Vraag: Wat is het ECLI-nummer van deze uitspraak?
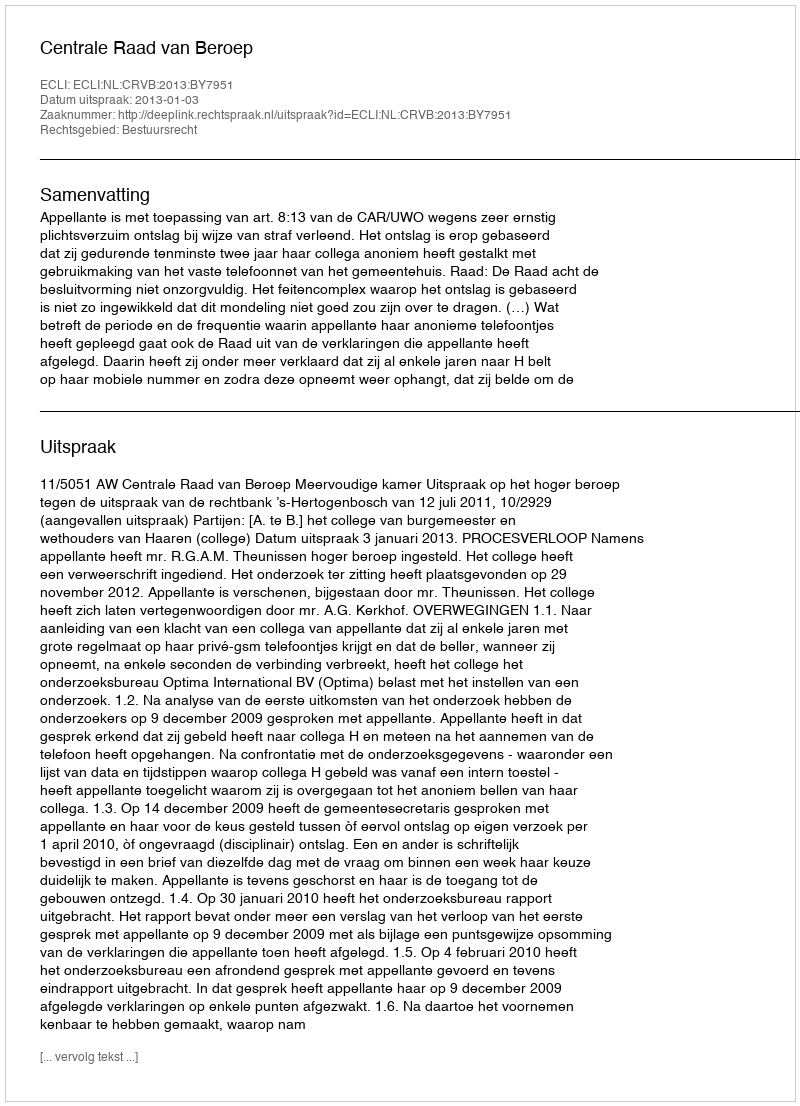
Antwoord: ECLI:NL:CRVB:2013:BY7951